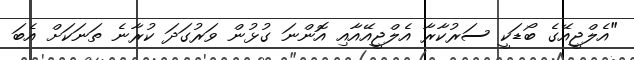
"އެލްޖީއޭގެ ބޯޑަކީ ސަރުކާރާ އެލްޖީއޭއާއި އޮންނަ ގުޅުން ވަރުގަދަ ކުރާނެ ތަނަކަށް އެބަ